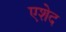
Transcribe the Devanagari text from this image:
एशेद